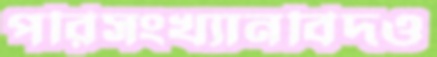
পরিসংখ্যানবিদও